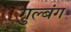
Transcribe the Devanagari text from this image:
गुल्बंग